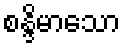
စန္ဒိမာသော